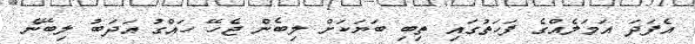
އެފަދަ އަމަލެއްގެ ފަހަތުގައި ތިބި ބަޔަކަށް ލިބެން ޖެހޭ ހައްގު އަދަބު ލިބޭނެ